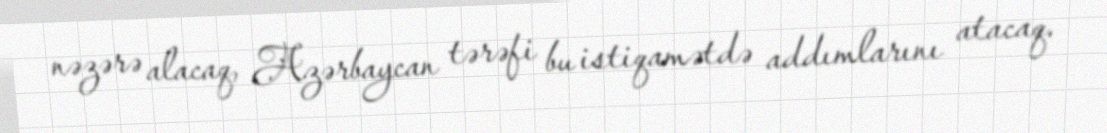
nəzərə alacaq, Azərbaycan tərəfi bu istiqamətdə addımlarını atacaq.